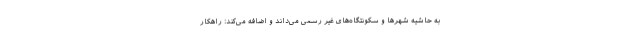
به حاشیه شهرها و سکونتگاه‌های غیر رسمی می‌داند و اضافه می‌کند: راهکار